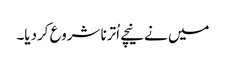
میں نے نیچے اُترنا شروع کردیا۔